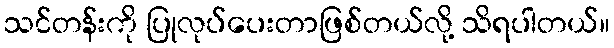
သင်တန်းကို ပြုလုပ်ပေးတာဖြစ်တယ်လို့ သိရပါတယ်။